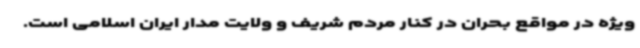
ویژه در مواقع بحران در کنار مردم شریف و ولایت مدار ایران اسلامی است.